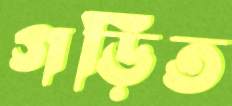
গড়িত